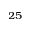
^ { 2 5 }